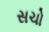
સચો